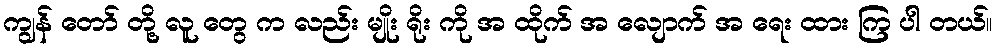
ကျွန် တော် တို့ လူ တွေ က လည်း မျိုး ရိုး ကို အ ထိုက် အ လျောက် အ ရေး ထား ကြ ပါ တယ်။